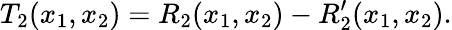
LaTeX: T_{2}(x_{1},x_{2})=R_{2}(x_{1},x_{2})-R_{2}^{\prime}(x_{1},x_{2}).